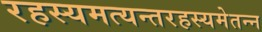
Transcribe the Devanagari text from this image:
रहस्यमत्यन्तरहस्यमेतन्न